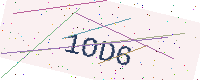
Text: 1OD6